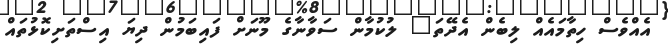
އެއްވެސް ހިތާމައެއް ލިބެން އެދޭތަ" ލުކުމާން ސަވާނާގެ މޫނަށް ފައިބަމުން ދިޔަ އިސްތަށިކޮޅުތައް